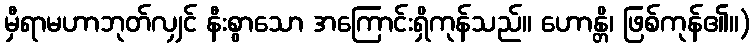
မှီရာမဟာဘုတ်လျှင် နီးစွာသော အကြောင်းရှိကုန်သည်။ ဟောန္တိ၊ ဖြစ်ကုန်၏။)